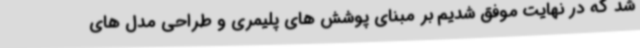
شد که در نهایت موفق شدیم بر مبنای پوشش های پلیمری و طراحی مدل های